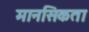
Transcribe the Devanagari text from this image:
मानसिकता